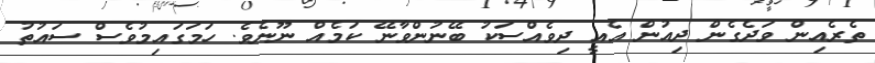
ތެރެއިން ވަދެގެން ދިއުން އެއީ ދިވެއްސަކު ބޭނުންވާނޭ ކަމެއް ނޫނެވެ. ހަމަގައިމުވެސް ސައުތު